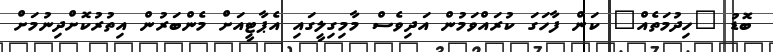
ބޮޑު "ހިދުމަތެއް" ކަން ފާހަގަ ކުރައްވަމުން އަދިވެސް މާމިގިލީގައި އެޕާޓީއަށް މެންބަރުން އިތުރުކޮށްދިނުމަށް